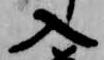
入